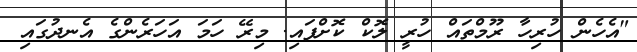
"އެހެން ހުރިހާ ރޫމްތައް ހުރީ ލޮކް ކޮށްފައި. މިރޭ ހަމަ އަހަރެންގެ އެނދުގައި